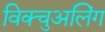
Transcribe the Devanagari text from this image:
विक्चुअलिंग